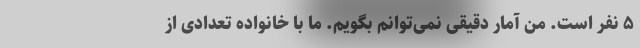
۵ نفر است. من آمار دقیقی نمی‌توانم بگویم. ما با خانواده تعدادی از